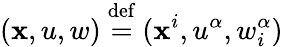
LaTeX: (\mathbf{x},u,w)\ {\stackrel{\mathrm{{def}}}{=}}\ (\mathbf{x}^{i},u^{\alpha},w_{i}^{\alpha})